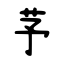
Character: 芧